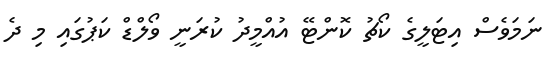
ނަމަވެސް އިޓަލީގެ ކޯޗު ކޮންޓޭ އުއްމީދު ކުރަނީ ވޯލްޑް ކަޕުގައި މި ދެ